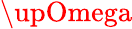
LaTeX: \upOmega